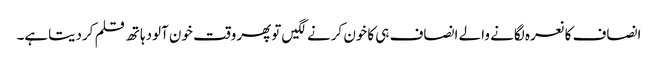
انصاف کانعرہ لگانے والے انصاف ہی کاخون کرنے لگیں توپھروقت خون آلودہاتھ قلم کردیتاہے۔